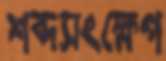
শব্দসংক্ষেপ